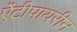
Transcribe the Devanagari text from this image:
ऐंटीपायरीन